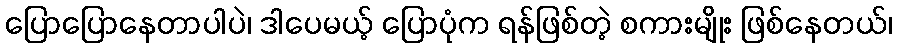
ပြောပြောနေတာပါပဲ၊ ဒါပေမယ့် ပြောပုံက ရန်ဖြစ်တဲ့ စကားမျိုး ဖြစ်နေတယ်၊